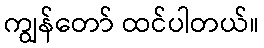
ကျွန်တော် ထင်ပါတယ်။